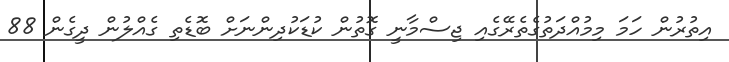
އިތުރުން ހަމަ މިމުއްދަތުގެތެރޭގެއި ޖިސްމާނީ ގޮތުން ކުޑަކުދިންނަށް ބޮޑެތި ގެއްލުން ދީގެން 88